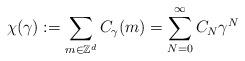
LaTeX: \begin{align*}\chi(\gamma):=\sum_{m\in \mathbb{Z}^d} C_{\gamma}(m)=\sum^{\infty}_{N=0}C_N\gamma^N\end{align*}